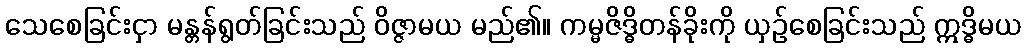
သေစေခြင်းငှာ မန္တန်ရွတ်ခြင်းသည် ဝိဇ္ဇာမယ မည်၏။ ကမ္မဇိဒ္ဓိတန်ခိုးကို ယှဉ်စေခြင်းသည် ဣဒ္ဓိမယ